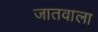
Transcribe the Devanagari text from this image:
जातवाला